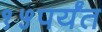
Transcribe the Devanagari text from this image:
१५पर्यंत